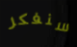
سنفكر